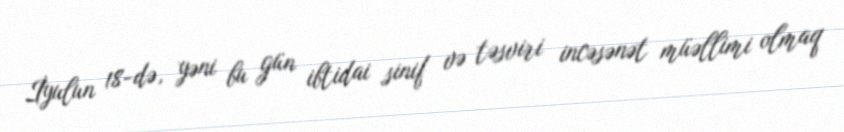
İyulun 18-də, yəni bu gün ibtidai sinif və təsviri incəsənət müəllimi olmaq